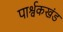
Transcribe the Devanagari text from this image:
पार्श्वकखंड